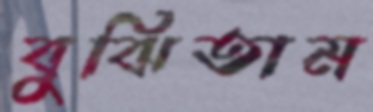
বুঝিতাম